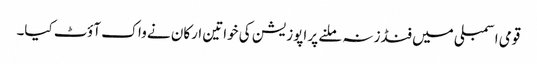
قومی اسمبلی میں فنڈز نہ ملنے پر اپوزیشن کی خواتین ارکان نے واک آؤٹ کیا۔